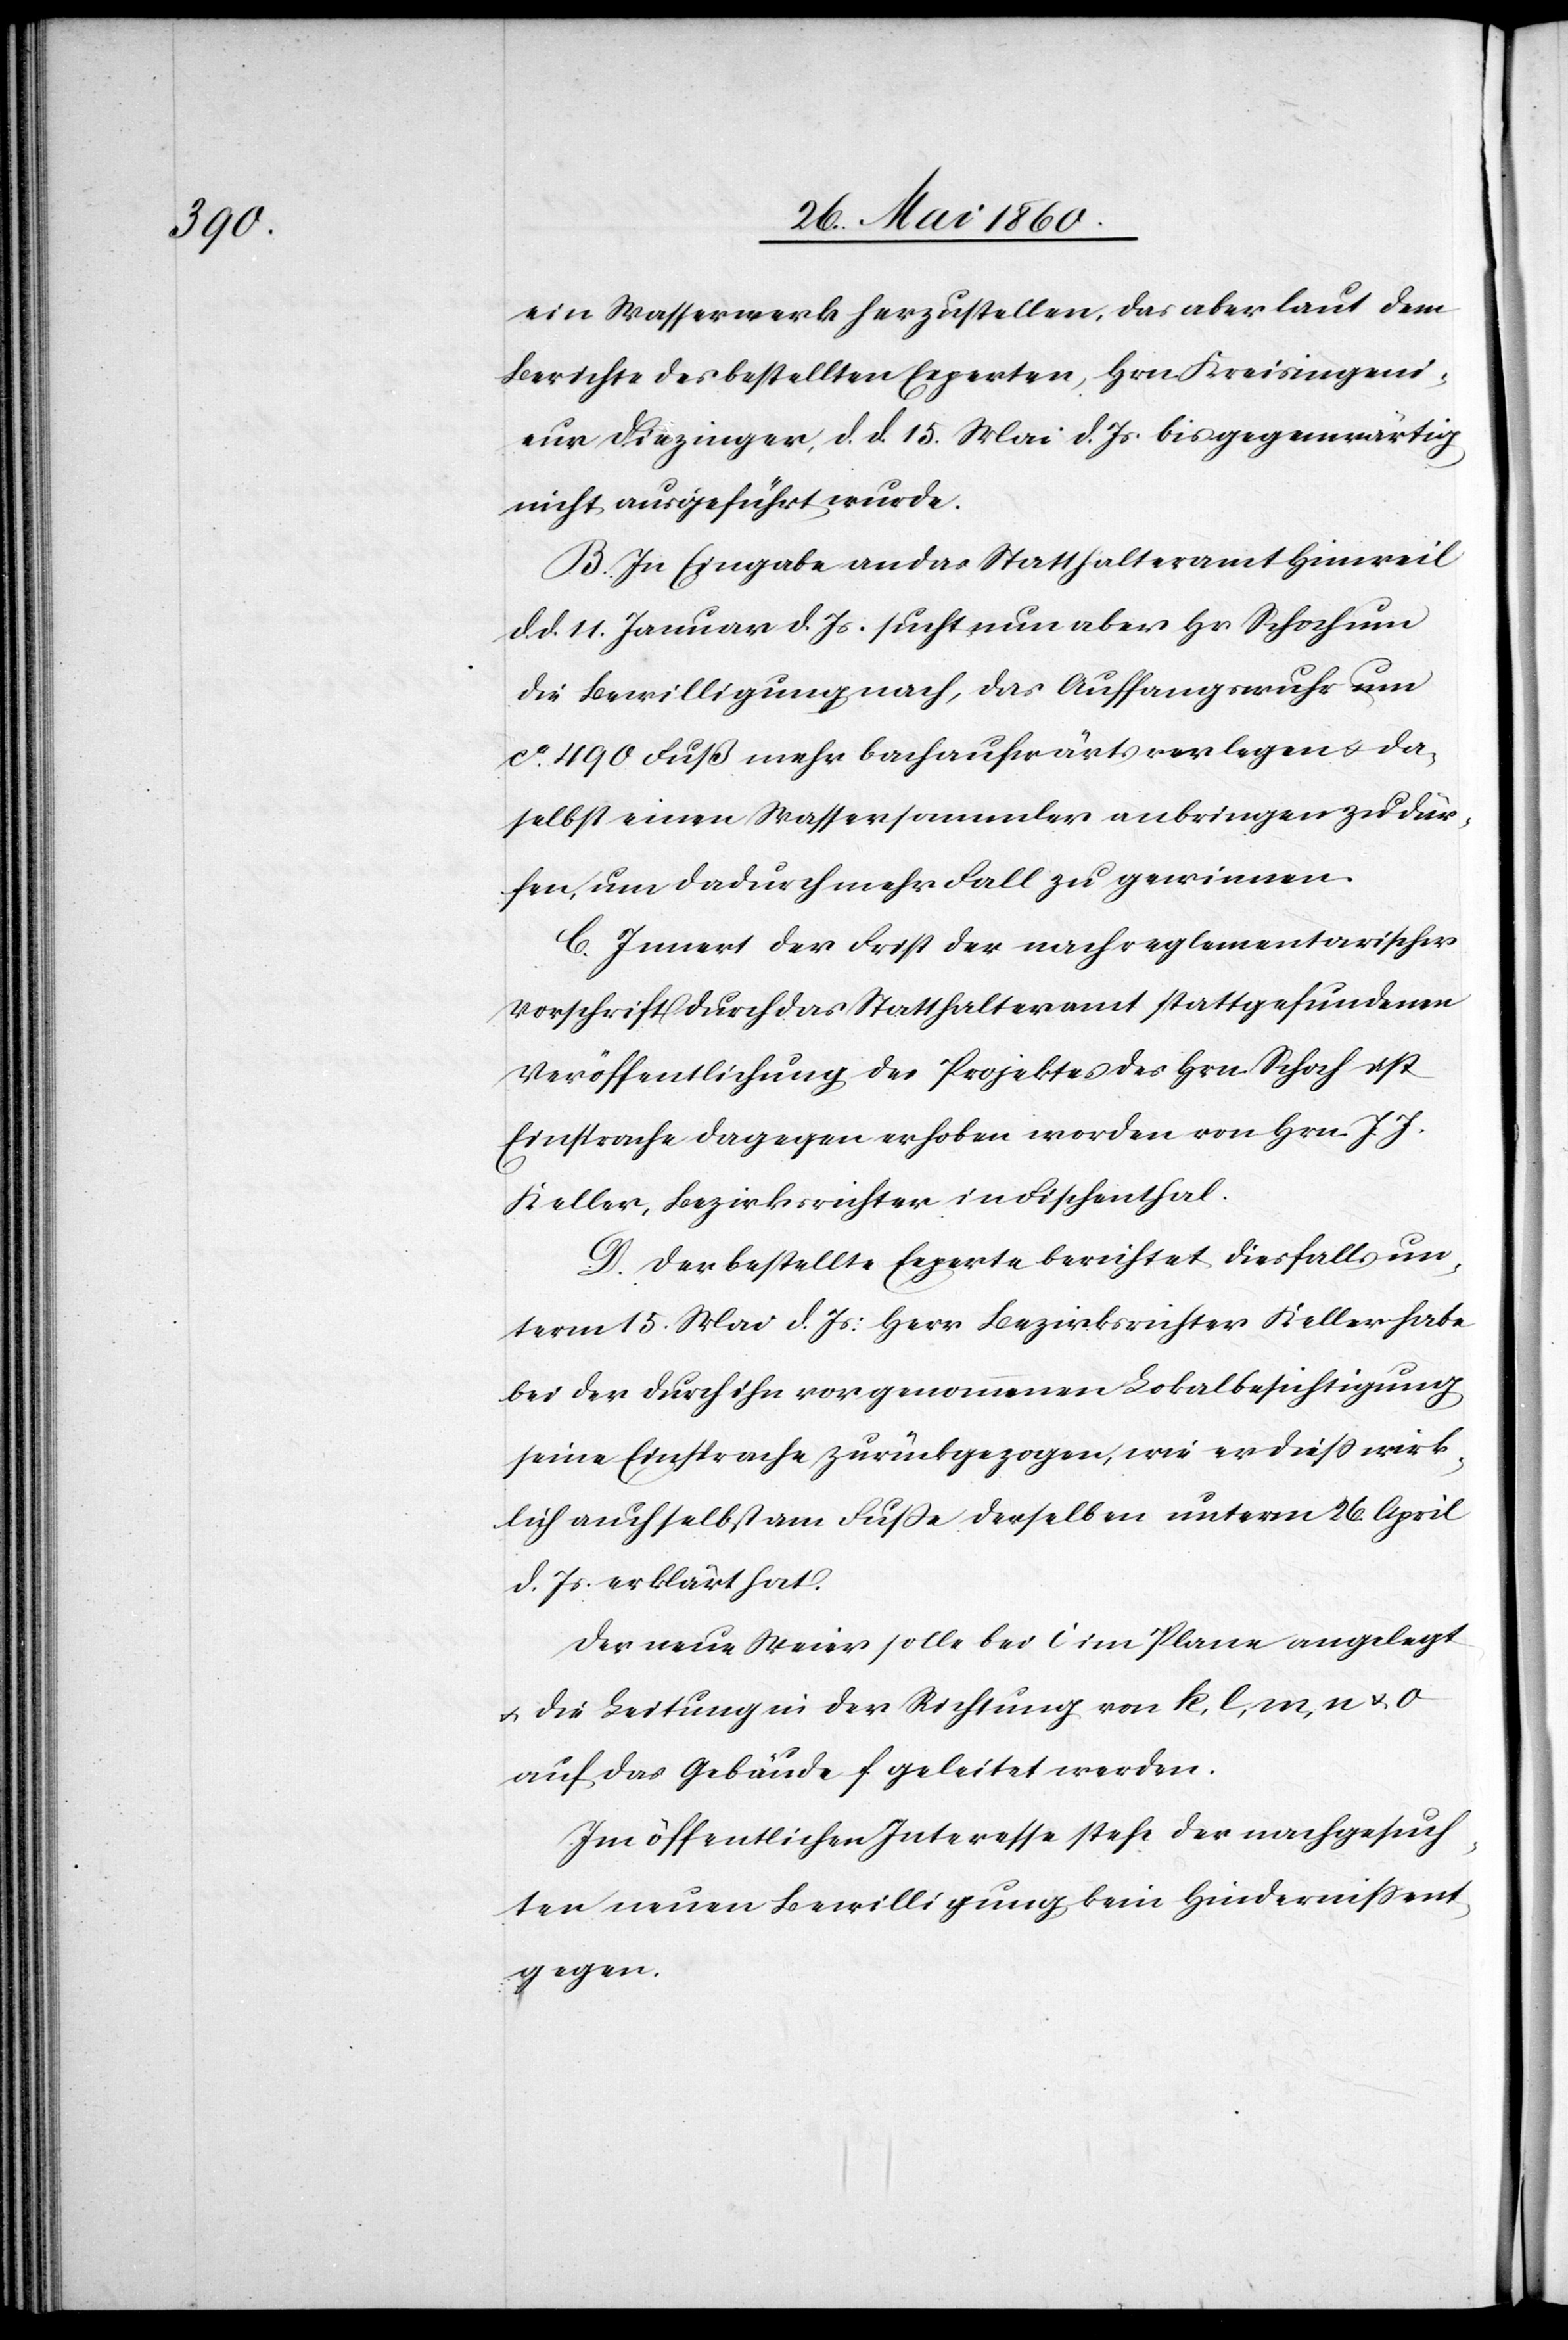
ein Wasserwerk herzustellen, das aber laut dem
Berichte des bestellten Experten, Hrn. Kreisingeni¬
eur Diezinger, d. d. 15. Mai d. Js. bis gegenwärtig
nicht, ausgeführt wurde.
B. In Eingabe an das Statthalteramt Hinweil
d. d. 11. Januar d. Js. sucht nun aber Hr. Schoch um
die Bewilligung nach, das Auffangswuhr um
ca 490 Fuß mehr bachaufwärts verlegen u. da¬
selbst einen Wassersammler anbringen zu dür¬
fen, um dadurch mehr Fall zu gewinnen.
C. Inner der Frist der nach reglementarischer
Vorschrift durch das Statthalteramt stattgefundenen
Veröffentlichung des Projektes des Hrn. Schoch ist
Einsprache dagegen erhoben worden von Hrn. J. J.
Keller, Bezirksrichter in Fischenthal.
D. Der bestellte Experte berichtet diesfalls un¬
term 15. Mai d. Js: Herr Bezirksrichter Keller habe
bei der durch ihn vorgenommenen Lokalbesichtigung
seine Einsprache zurückgezogen, wie er diess wirk¬
lich auch selbst am Fusse derselben unterm 26. April
d. Js. erklärt hat.
Der neue Weier solle bei c im Plane angelegt
u. die Leitung in der Richtung von k, l, m, n u. o
auf das Gebäude geleitet werden.
Im öffentlichen Interesse stehe der nachgesuch¬
ten neuen Bewilligung kein Hinderniss ent¬
gegen.